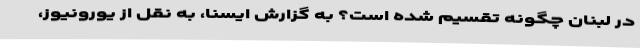
در لبنان چگونه تقسیم شده است؟ به گزارش ایسنا، به نقل از یورونیوز،